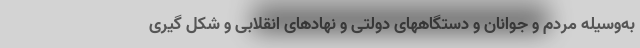
به‌وسیله مردم و جوانان و دستگاههای دولتی و نهادهای انقلابی و شکل گیری